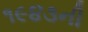
૧૯૪૩ની